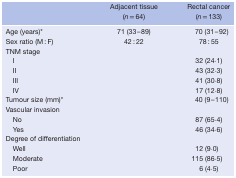
<table><thead><tr><td></td><td><b>Adjacent tissue(<i>n</i> = 64)</b></td><td><b>Rectal cancer(<i>n</i> = 133)</b></td></tr></thead><tbody><tr><td>Age (years)*</td><td>71 (33–89)</td><td>70 (31–92)</td></tr><tr><td>Sex ratio (M : F)</td><td>42 : 22</td><td>78 : 55</td></tr><tr><td>TNM stage</td><td></td><td></td></tr><tr><td> I</td><td></td><td>32 (24·1)</td></tr><tr><td> II</td><td></td><td>43 (32·3)</td></tr><tr><td> III</td><td></td><td>41 (30·8)</td></tr><tr><td> IV</td><td></td><td>17 (12·8)</td></tr><tr><td colspan="2">Tumour size (mm)*</td><td>40 (9–110)</td></tr><tr><td>Vascular invasion</td><td></td><td></td></tr><tr><td> No</td><td></td><td>87 (65·4)</td></tr><tr><td> Yes</td><td></td><td>46 (34·6)</td></tr><tr><td>Degree of differentiation</td><td></td><td></td></tr><tr><td> Well</td><td></td><td>12 (9·0) </td></tr><tr><td> Moderate</td><td></td><td>115 (86·5) </td></tr><tr><td> Poor</td><td></td><td>6 (4·5)</td></tr></tbody></table>